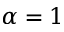
\alpha = 1